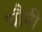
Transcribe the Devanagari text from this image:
चौमी